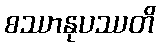
စဿာနုပဿတိ